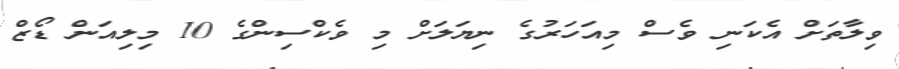
ވިލާތަށް އެކަނި ވެސް މިއަހަރުގެ ނިޔަލަށް މި ވެކްސިންގެ 10 މިލިއަން ޑޯޒް